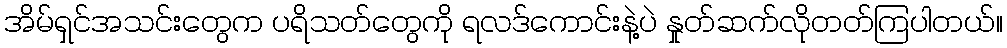
အိမ်ရှင်အသင်းတွေက ပရိသတ်တွေကို ရလဒ်ကောင်းနဲ့ပဲ နှုတ်ဆက်လိုတတ်ကြပါတယ်။